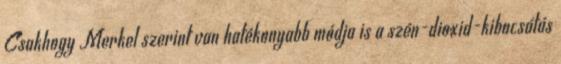
Csakhogy Merkel szerint van hatékonyabb módja is a szén-dioxid-kibocsátás